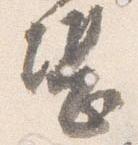
堪